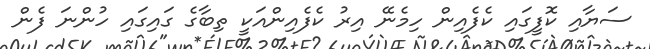
ސަޔާއި ކޮފީގައި ކެފެއިން ހިމެނޭ އިރު ކެފެއިންއަކީ ތިބާގެ ގައިގައި ހުންނަ ފެން